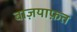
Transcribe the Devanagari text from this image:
बाज़याफ़त